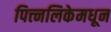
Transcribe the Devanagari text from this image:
पित्त्नलिकेमधून